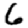
Digit: 6